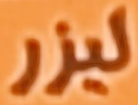
ليزر